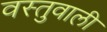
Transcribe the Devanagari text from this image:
वस्तुवाली